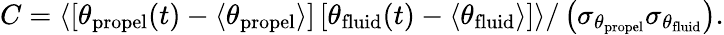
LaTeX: C=\langle\left[\theta_{\mathrm{propel}}(t)-\langle\theta_{\mathrm{propel}}\rangle\right]\left[\theta_{\mathrm{fluid}}(t)-\langle\theta_{\mathrm{fluid}}\rangle\right]\rangle/\left(\sigma_{\theta_{\mathrm{propel}}}\sigma_{\theta_{\mathrm{fluid}}}\right).